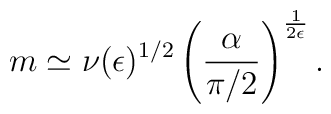
m\simeq\nu({\epsilon})^{1/2}\left(\frac{\alpha}{\pi/2}\right)^{1\over2 \epsilon}.